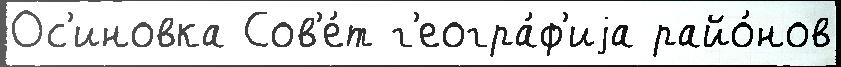
Ос'иновка Сов'е́т г'еогра́ф'иjа райо́нов